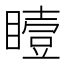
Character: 𪾼